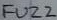
Text: FUZZ